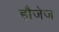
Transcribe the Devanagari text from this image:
हौजेज